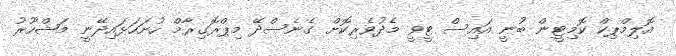
އޮލިމްޕިކް ކޮމިޓީން ބުނީ އައިސް ޓީވީ މެދުވެރިކޮށް ގެނެސްދޭ މިޕްރޮގިރާމް ހުށަހަޅައިދޭނީ މަޝްހޫރު